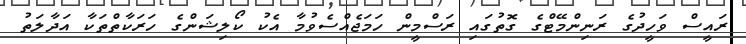
ރައީސް ވަހީދުގެ ރަނިންމޭޓްގެ ގޮތުގައި ރަސްމީން ހަމަޖެއްސެވުމާ އެކު ކޯލިޝަންގެ ހަރަކާތްތަކާ އަދާލަތު